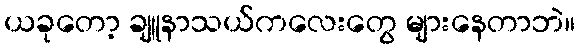
ယခုတော့ ချူနာသယ်ကလေးတွေ များနေတာဘဲ။